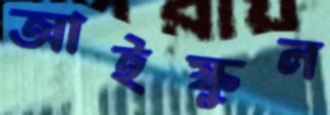
আইস্কুল